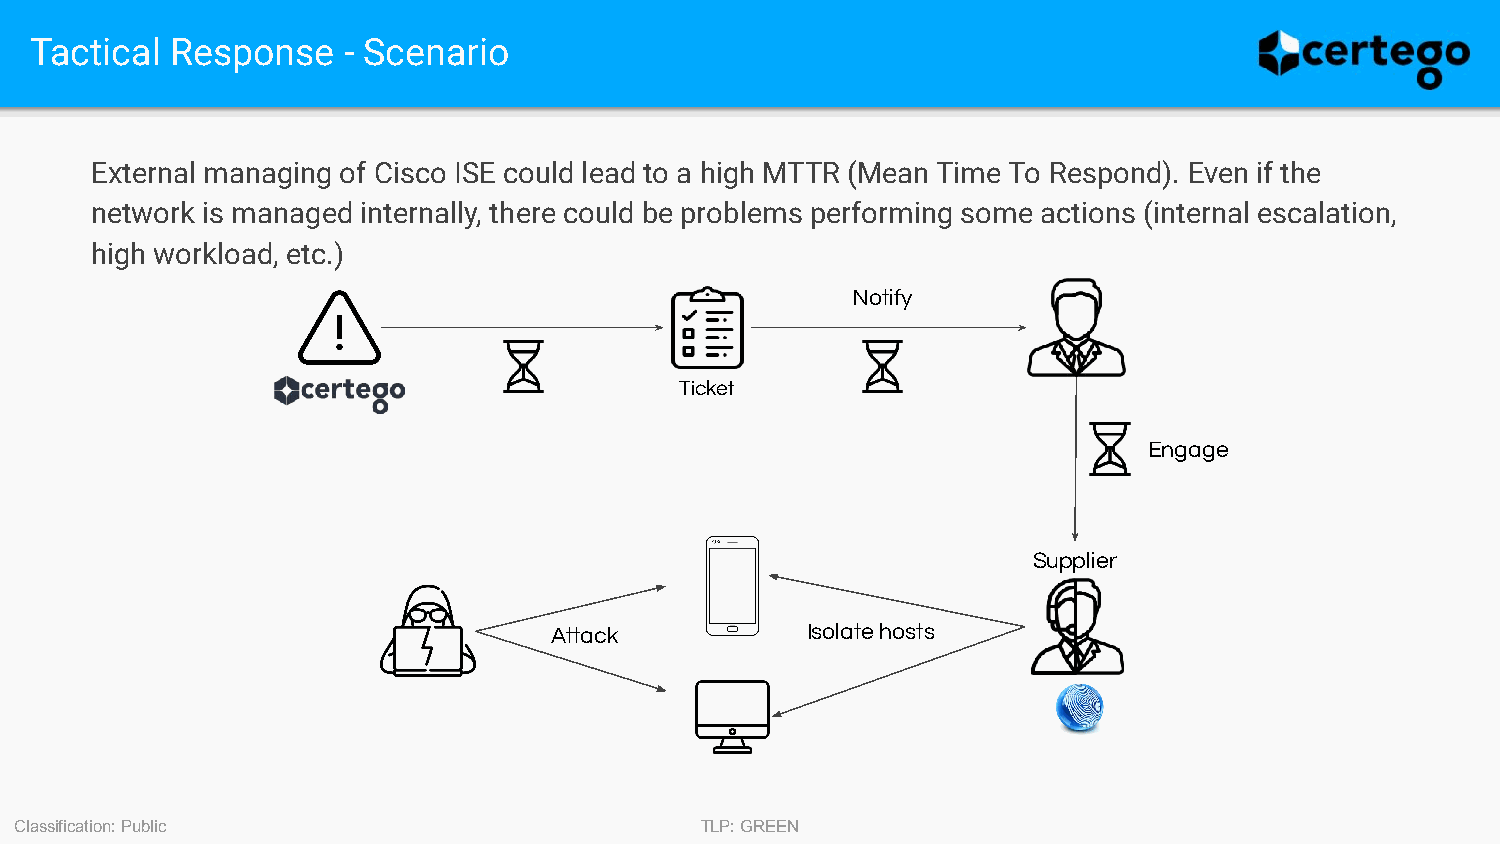
Tactical Response    - Scenario
 External managing of Cisco ISE could lead to a high MTTR (Mean Time To Respond). Even if the
 network is managed internally, there could be problems performing some actions (internal escalation,
 high workload, etc.)
 Notify
 Ticket
 Engage
 Supplier
 Attack           Isolate hosts
 Classification: Public                       TLP: GREEN